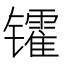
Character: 𫔓